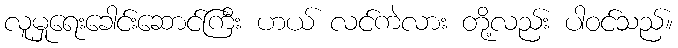
လူမှုရေးခေါင်းဆောင်ကြီး ဟယ် လင်ကဲလား တို့လည်း ပါဝင်သည်။